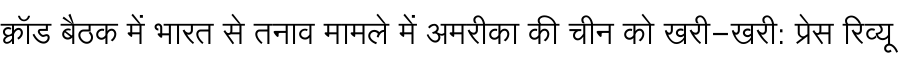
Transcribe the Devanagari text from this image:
क्वॉड बैठक में भारत से तनाव मामले में अमरीका की चीन को खरी-खरी: प्रेस रिव्यू